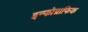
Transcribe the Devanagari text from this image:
इन्फोग्राफिक